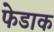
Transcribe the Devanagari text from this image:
फेडाक